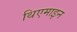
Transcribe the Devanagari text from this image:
थिएमाइन